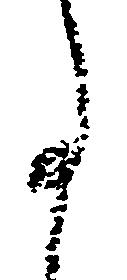
事